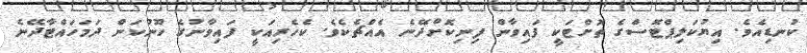
ކުނޑިއެވެ. އިޔުކަލިޕްޓޮސްގެ ތޮށްޓަކީ ފައިވާން ފިނިކޮށްދޭނެ އެއްޗެކެވެ. ކެހެރިއަކީ ފައިވާނުގެ ހޫނުކަން ދަމަހައްޓާދޭނެ